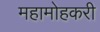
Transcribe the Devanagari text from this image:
महामोहकरी